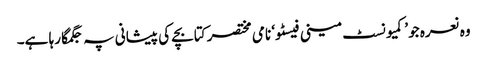
وہ نعرہ جو ’کمیونسٹ مینی فیسٹو‘ نامی مختصر کتابچے کی پیشانی پہ جگمگا رہا ہے۔